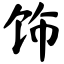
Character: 饰